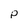
Character: p